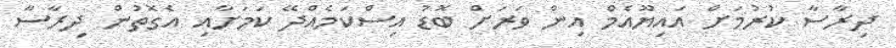
ދިރާސާ ކުރުމަށް އައިޔޫއެމް އިން ވަރަށް ބޮޑު އިސްކަމެއްދޭ ކަމަށާއި އެގޮތުން ދިރާސާ